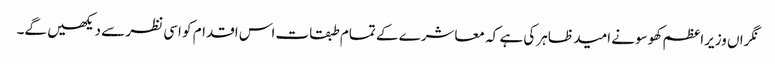
نگراں وزیراعظم کھوسو نے امید ظاہر کی ہے کہ معاشرے کے تمام طبقات اس اقدام کو اسی نظر سے دیکھیں گے۔